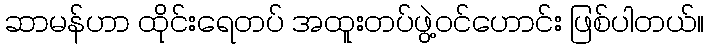
ဆာမန်ဟာ ထိုင်းရေတပ် အထူးတပ်ဖွဲ့ဝင်ဟောင်း ဖြစ်ပါတယ်။